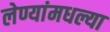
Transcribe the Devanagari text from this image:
लेण्यांमधल्या